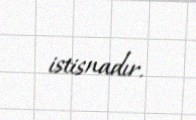
istisnadır.